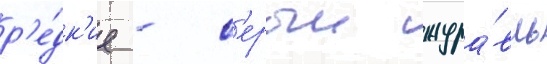
р'е́дк'ие - с'ерыи жура́вль